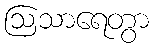
ဩသာရေတွာ